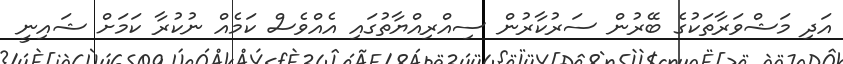
އަދި މަޝްވަރާތަކުގެ ބޭރުން ސަރުކާރުން ސިއްރިއްޔާތުގައި އެއްވެސް ކަމެއް ނުކުރާ ކަމަށް ޝައިނީ